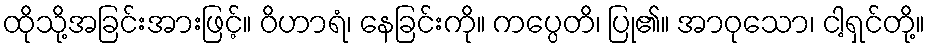
ထိုသို့အခြင်းအားဖြင့်။ ဝိဟာရံ၊ နေခြင်းကို။ ကပ္ပေတိ၊ ပြု၏။ အာဝုသော၊ ငါ့ရှင်တို့။